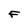
Character: F